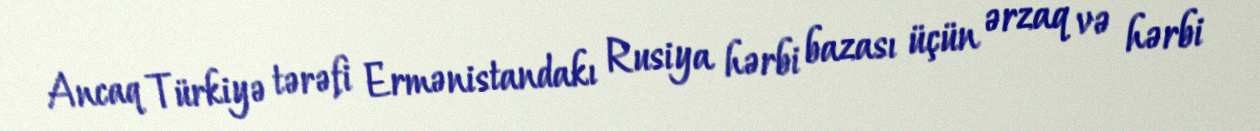
Ancaq Türkiyə tərəfi Ermənistandakı Rusiya hərbi bazası üçün ərzaq və hərbi